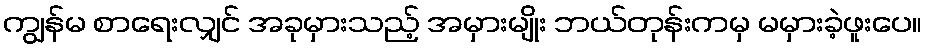
ကျွန်မ စာရေးလျှင် အခုမှားသည့် အမှားမျိုး ဘယ်တုန်းကမှ မမှားခဲ့ဖူးပေ။